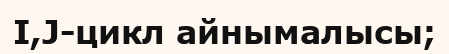
І,J-цикл айнымалысы;